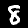
Label: 8